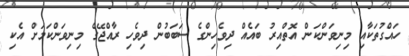
ހައްގުތަކާއި މިނިވަންކަން އޮތްއިރު ބައެއް ދިވެހިންގެ ސަބަބުން ދިވެހި ރާއްޖޭގެ މިނިވަންކަމަށް އެކި